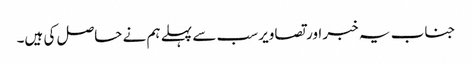
جناب یہ خبر اور تصاویر سب سے پہلے ہم نے حاصل کی ہیں۔